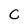
Character: c